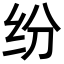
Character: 纷